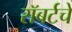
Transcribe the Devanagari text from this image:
रॉबर्टचे